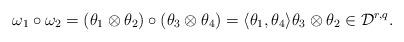
LaTeX: \begin{align*}\omega_1\circ\omega_2=(\theta_1\otimes \theta_2)\circ (\theta_3\otimes \theta_4)=\langle \theta_1,\theta_4\rangle \theta_3\otimes \theta_2\in {\mathcal D}^{r,q}.\end{align*}